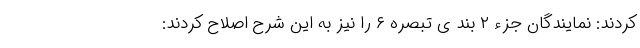
کردند: نمایندگان جزء ٢ بند ی تبصره ۶ را نیز به این شرح اصلاح کردند: